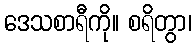
ဒေသစာရီကို။ စရိတွာ၊